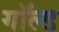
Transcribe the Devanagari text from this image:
गॉल्ड